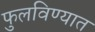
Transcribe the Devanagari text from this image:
फुलविण्यात